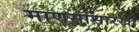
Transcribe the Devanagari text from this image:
माणसांसारखी